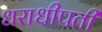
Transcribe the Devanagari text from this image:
धराधीपती